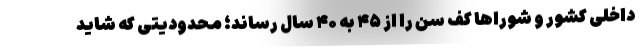
داخلی کشور و شوراها کف سن را از ۴۵ به ۴۰ سال رساند؛ محدودیتی که شاید